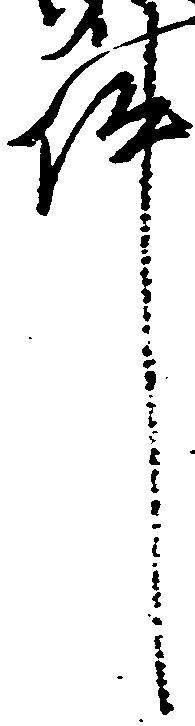
件